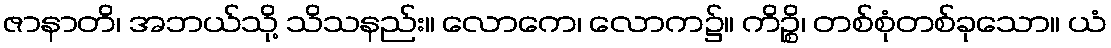
ဇာနာတိ၊ အဘယ်သို့ သိသနည်း။ လောကေ၊ လောက၌။ ကိဉ္စိ၊ တစ်စုံတစ်ခုသော။ ယံ